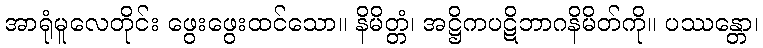
အာရုံမူလေတိုင်း ဖွေးဖွေးထင်သော။ နိမိတ္တံ၊ အဋ္ဌိကပဋိဘာဂနိမိတ်ကို။ ပဿန္တော၊